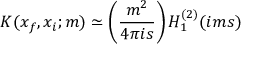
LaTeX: K ( x _ { f } , x _ { i } ; m ) \simeq \left( \frac { m ^ { 2 } } { 4 \pi i s } \right) H _ { 1 } ^ { ( 2 ) } ( i m s )